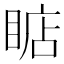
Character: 𰥳